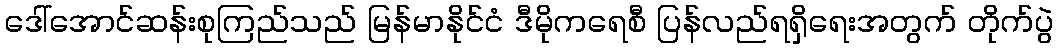
ဒေါ်အောင်ဆန်းစုကြည်သည် မြန်မာနိုင်ငံ ဒီမိုကရေစီ ပြန်လည်ရရှိရေးအတွက် တိုက်ပွဲ